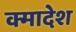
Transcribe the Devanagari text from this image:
क्मादेश